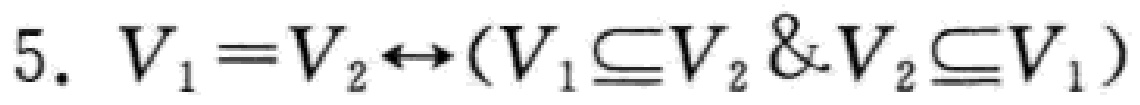
5. \(V_{1} = V_{2} \leftrightarrow (V_{1} \subseteq V_{2} \& V_{2} \subseteq V_{1})\)